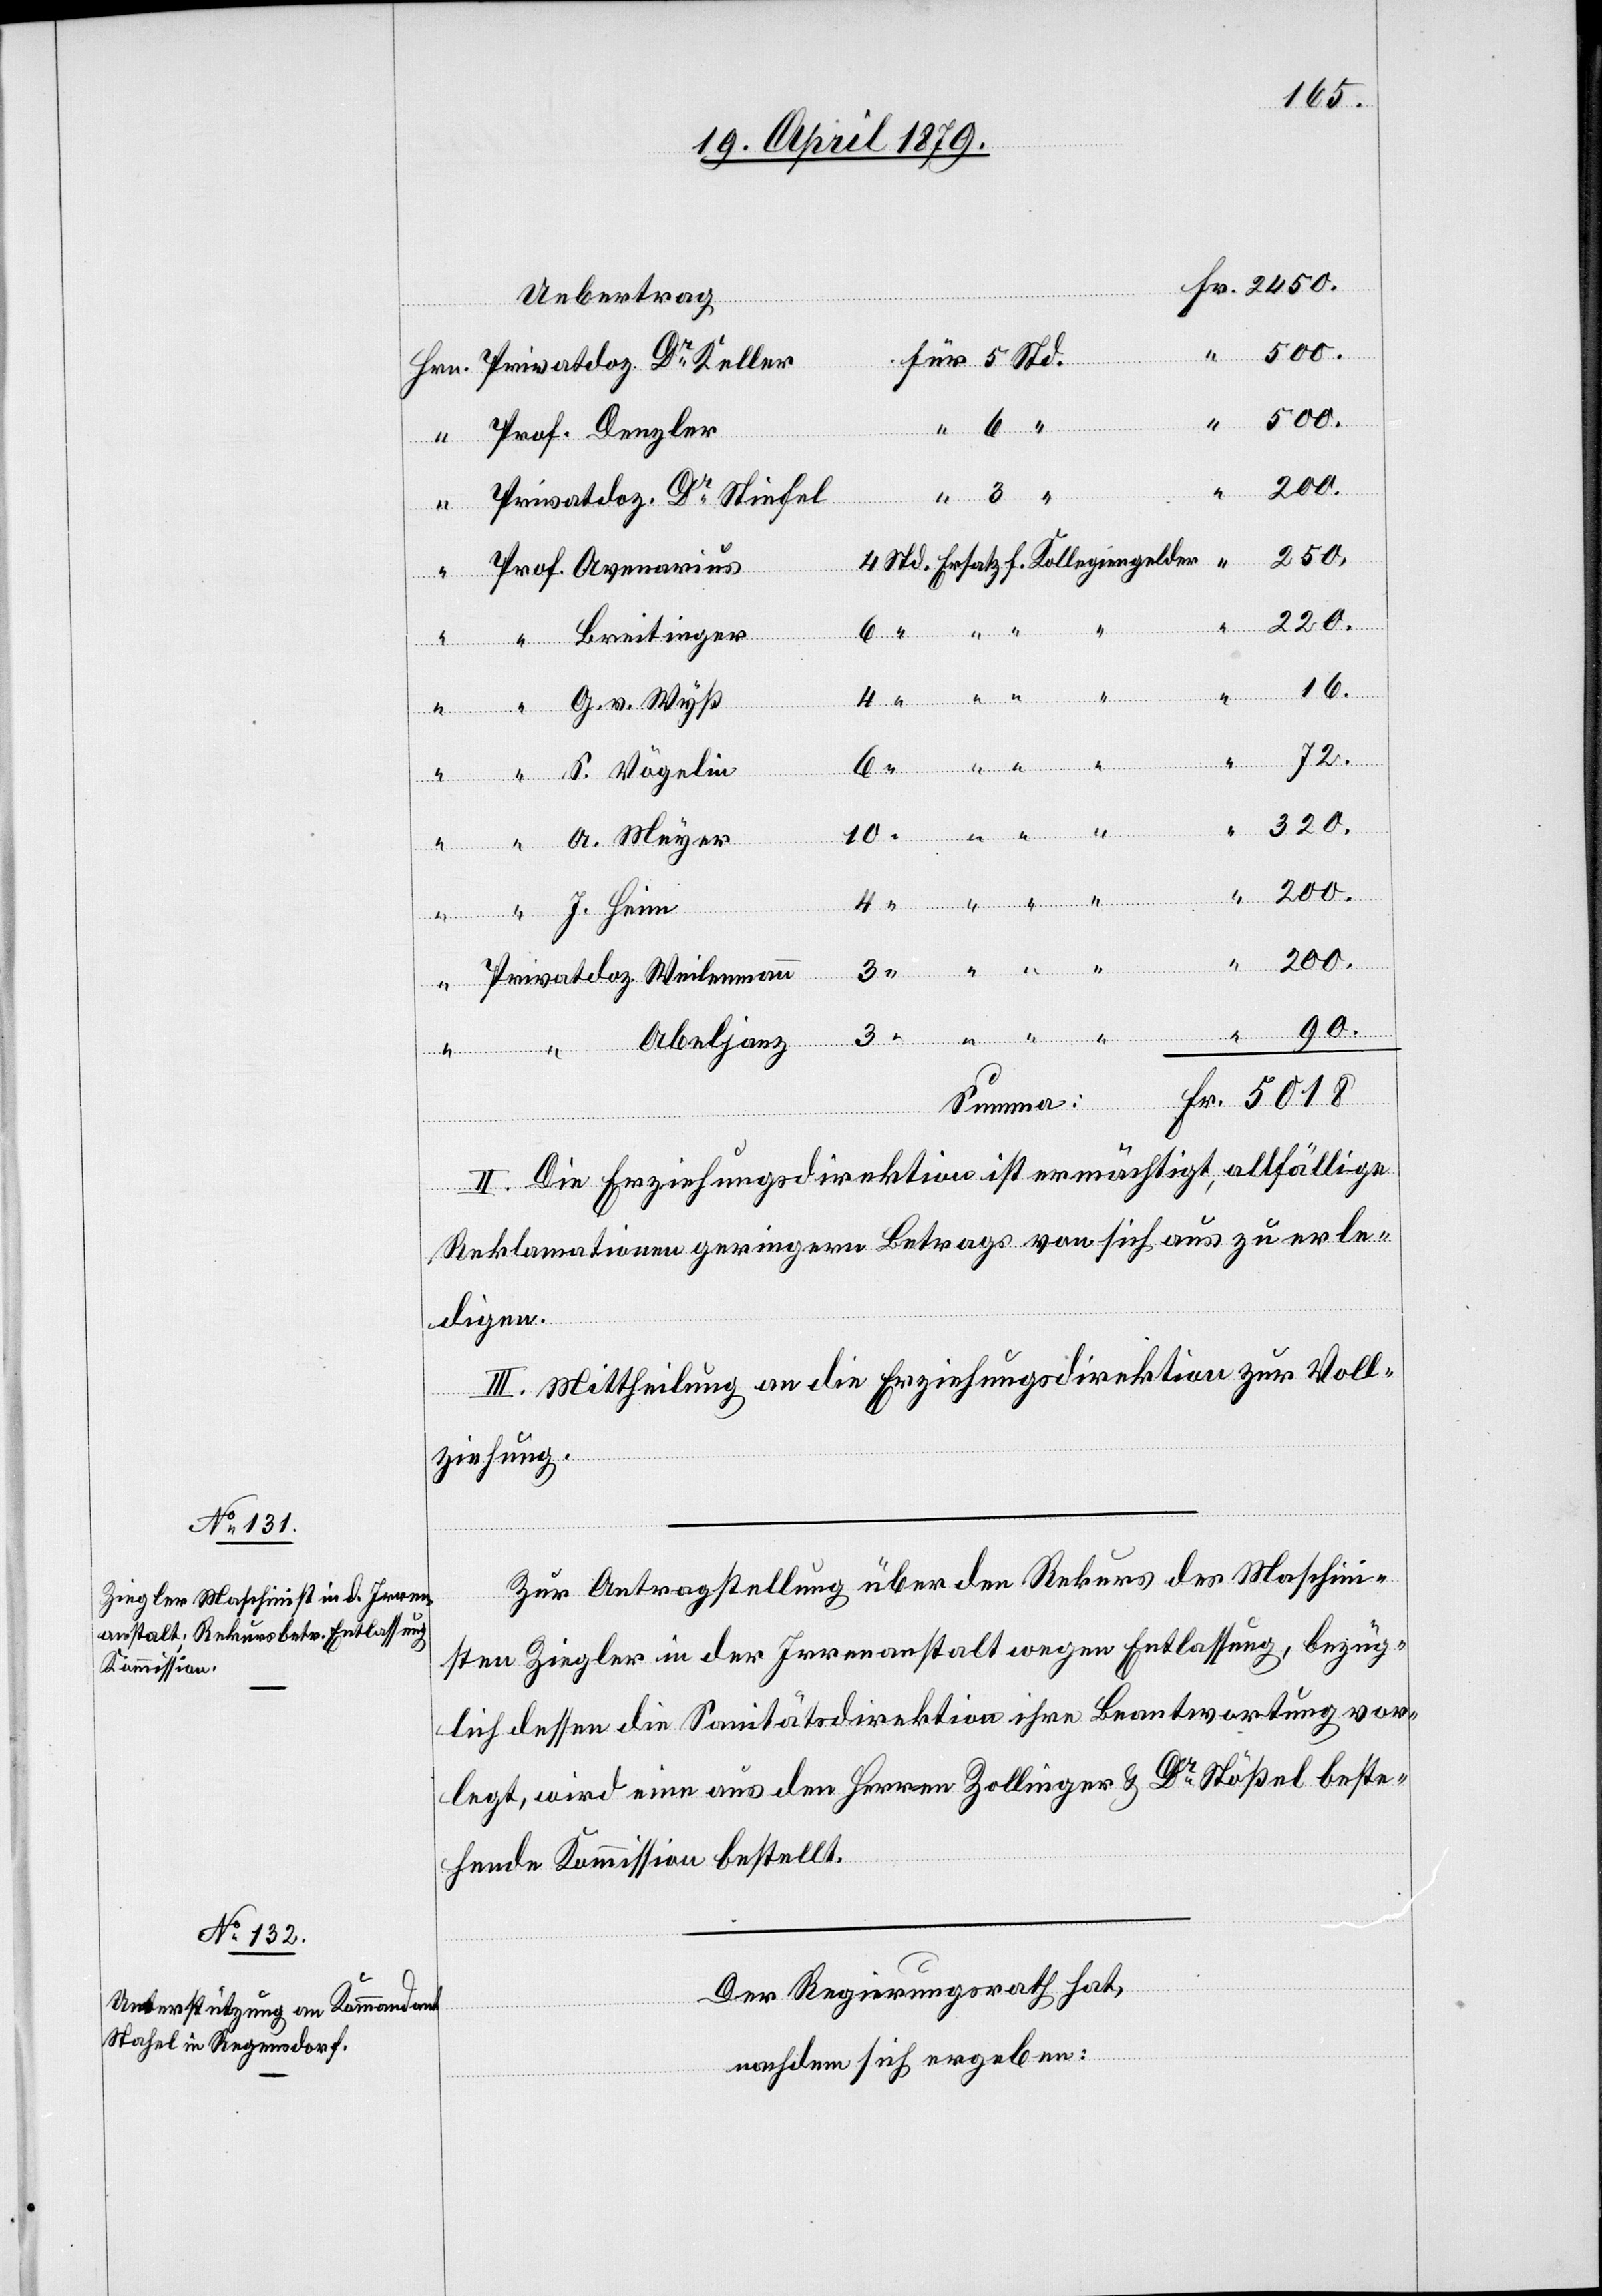
f.
Uebertrag
Privatdoz. Dr Keller
Prof. Denzler
200.
Vögelin
250.
Prof. Avenarius
220.
4
5018
10
16.
Fr.
72.
320.
“
3
“
Privatdoz. Weilenmann
90.
Summa:
II. Die Erziehungsdirektion ist ermächtigt, allfällige
Reklamationen geringern Betrags von sich aus zu erle¬
digen.
III. Mittheilung an die Erziehungsdirektion zur Voll¬
ziehung.
Zur Antragstellung über den Rekurs des Maschin¬
isten Ziegler in der Irrenanstalt wegen Entlassung, bezüg¬
lich dessen die Sanitätsdirektion ihre Beantwortung vor¬
legt, wird eine aus den Herren Zollinger & Dr Stößel beste¬
hende Kommission bestellt.
Der Regierungsrath hat,
nachdem sich ergeben: